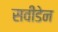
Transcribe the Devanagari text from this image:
सवीडेन